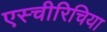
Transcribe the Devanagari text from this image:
एस्चीरिचिया